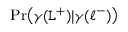
\operatorname* { P r } \bigl ( \gamma ( \mathtt { L } ^ { + } ) | \gamma ( \ell ^ { - } ) \bigr )